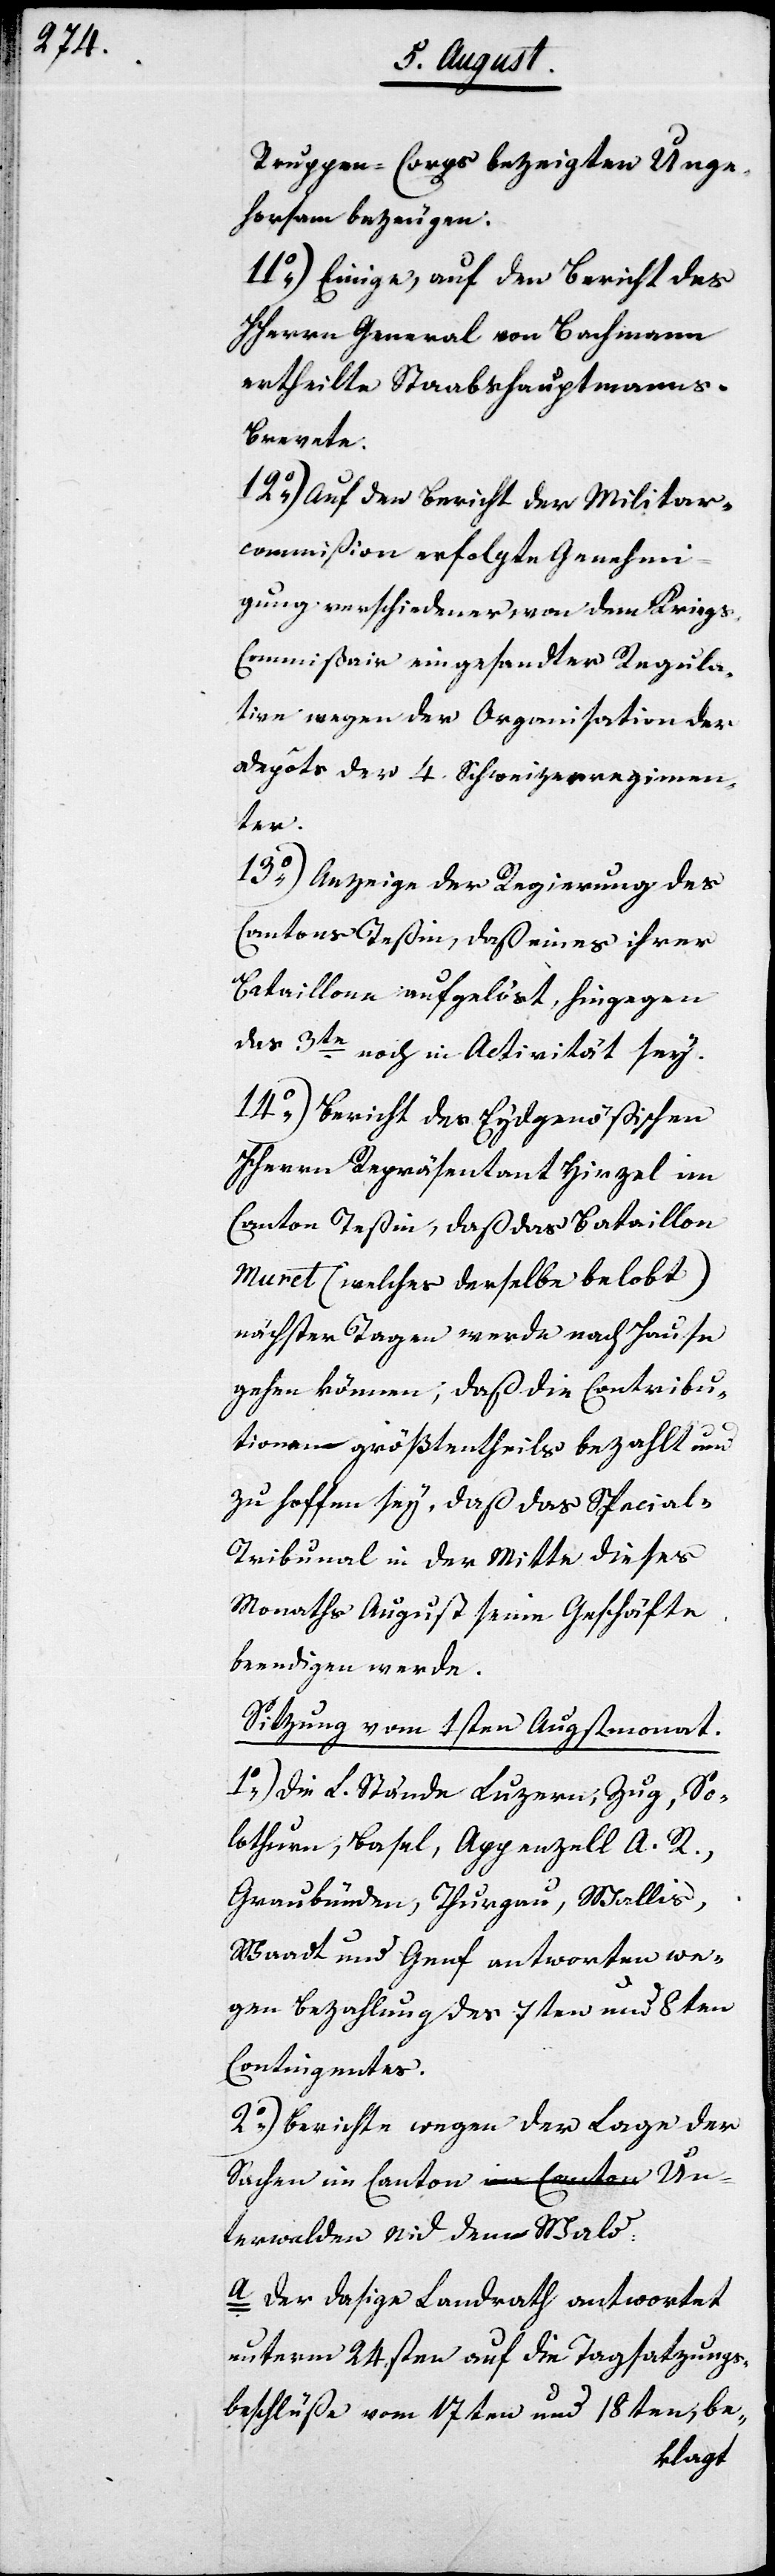
Truppen-Corps bezeigten Unge¬
horsam bezeugen.
11.) Einige, auf den Bericht des
HHerrn General von Bachmann
ertheilte Staabshauptmann¬
s-Brevete.
12.) Auf den Bericht der Militar-C¬
ommißion erfolgte Genehmi¬
gung verschiedener, von dem Krieg¬
s-Commißair eingesandte Regula¬
tive wegen der Organisation der
Depots der 4. Schweizerregimen¬
ter.
13.) Anzeige der Regierung des
Cantons Teßin, daß eines ihrer
Bataillone aufgelöst, hingegen
das 3te noch in Activität sey.
14.) Bericht des Eydgenößischen
HHerrn Repräsentanten Hirzel im
Canton Teßin, daß das Bataillon
Muret (welches derselbe belobt)
nächster Tagen werde nach Hause
gehen können, daß die Contribu¬
tionen größtentheils bezahlt und
zu hoffen sey, daß das Special-T¬
ribunal in der Mitte dieses
Monaths August seine Geschäfte
beendigen werde.
Sitzung vom 1sten Augustmonat.
1.) Die L. Stände Luzern, Zug, So¬
lothurn, Basel, Appenzell A. R.,
Graubünden, Thurgau, Wallis,
Waadt und Genf antworten we¬
gen Bezahlung des 7ten und 8ten
Contingentes.
2.) Berichte wegen der Lage der
Sachen im Canton Un¬
terwalden Nid dem Wald.
a. Der dasige Landrath antwortet
unterm 24sten auf die Tagsatzungs¬
beschlüße vom 17ten und 18ten, be-